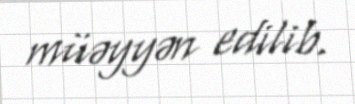
müəyyən edilib.